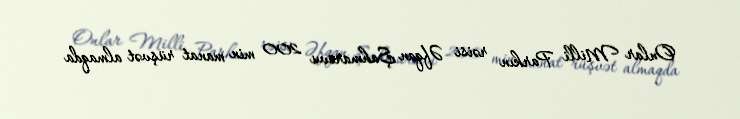
Onlar Milli Parkın rəisi Əfqan Şahmarovu 200 min manat rüşvət almaqda